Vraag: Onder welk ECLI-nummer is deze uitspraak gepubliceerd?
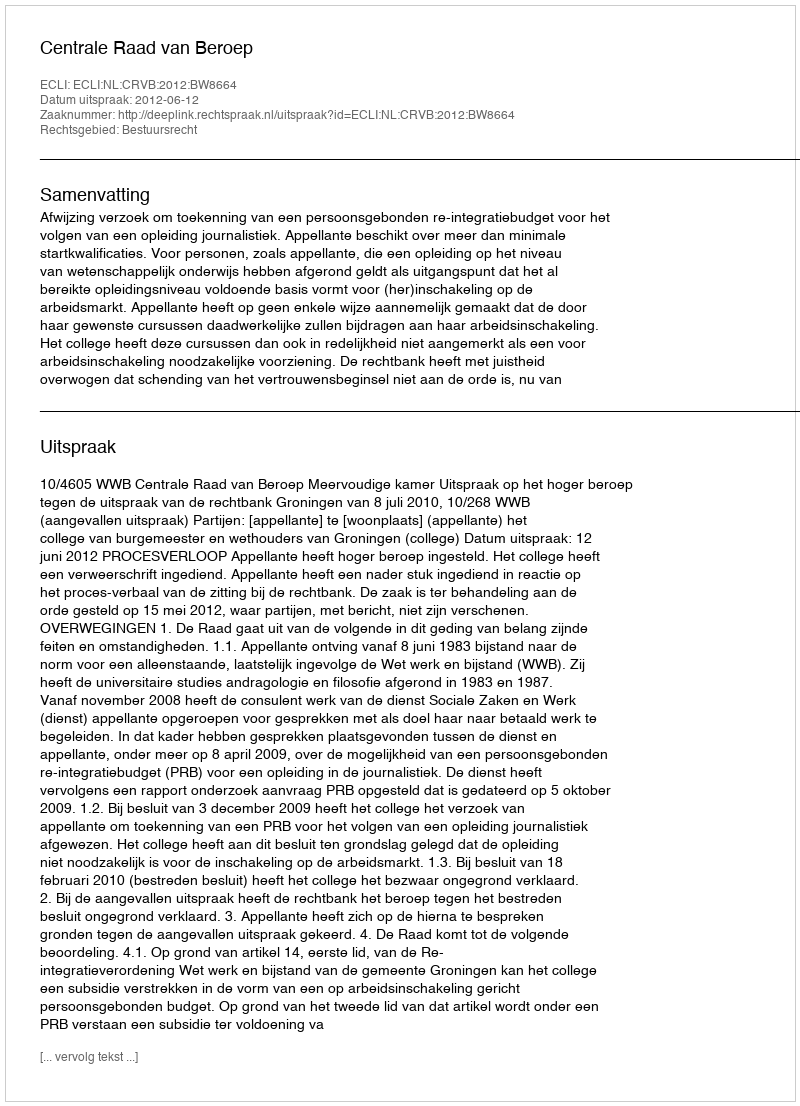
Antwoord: ECLI:NL:CRVB:2012:BW8664